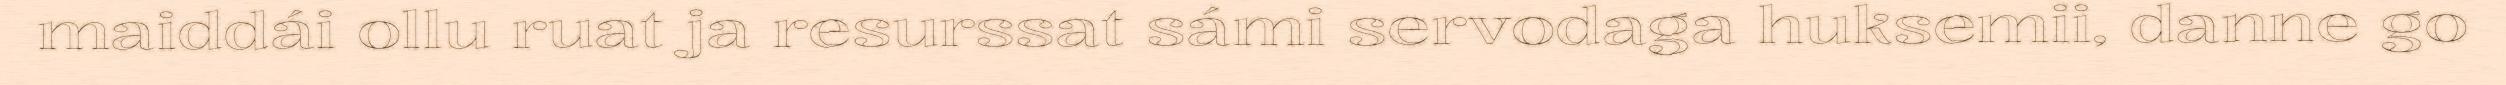
maiddái ollu ruat ja resurssat sámi servodaga huksemii, danne go